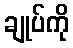
ချုပ်ကို